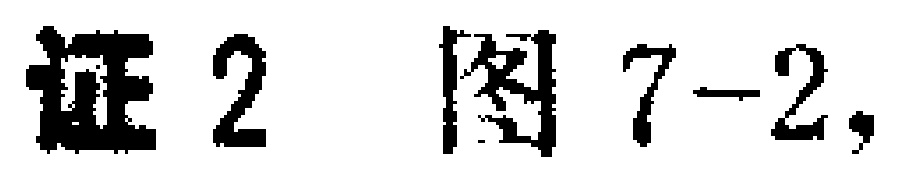
证2 图7-2,